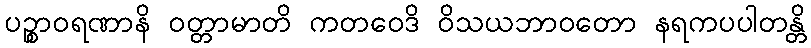
ပဉ္စာဝရဏာနိ ဝတ္တာမာတိ ကတဝေဒိ ဝိသယဘာဝတော နရကပပါတန္တိ